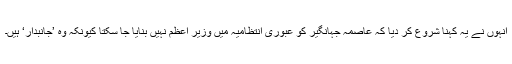
انہوں نے یہ کہنا شروع کر دیا کہ عاصمہ جہانگیر کو عبوری انتظامیہ میں وزیر اعظم نہیں بنایا جا سکتا کیونکہ وہ ’جانبدار‘ ہیں۔